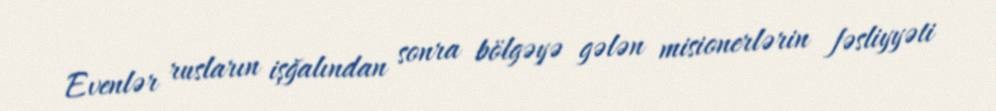
Evenlər rusların işğalından sonra bölgəyə gələn misionerlərin fəsliyyəti